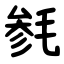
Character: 毵